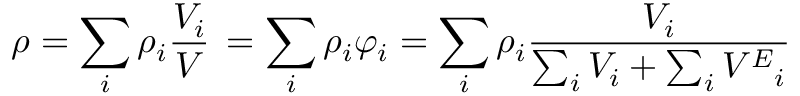
\rho = \sum _ { i } \rho _ { i } { \frac { V _ { i } } { V } } \, = \sum _ { i } \rho _ { i } \varphi _ { i } = \sum _ { i } \rho _ { i } { \frac { V _ { i } } { \sum _ { i } V _ { i } + \sum _ { i } { V ^ { E } } _ { i } } }